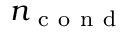
n _ { \mathrm { ~ c ~ o ~ n ~ d ~ } }